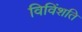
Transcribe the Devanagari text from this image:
विविंशति